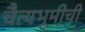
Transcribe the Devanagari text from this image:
चैत्यभूमीची